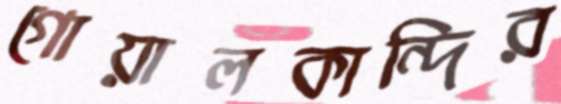
গোয়ালকান্দির